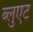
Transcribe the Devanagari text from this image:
ब्लुएट